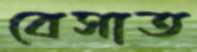
বেসাত